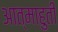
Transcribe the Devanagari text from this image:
आत्माहुती